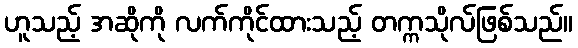
ဟူသည့် အဆိုကို လက်ကိုင်ထားသည့် တက္ကသိုလ်ဖြစ်သည်။